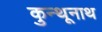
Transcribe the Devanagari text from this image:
कुन्थूनाथ